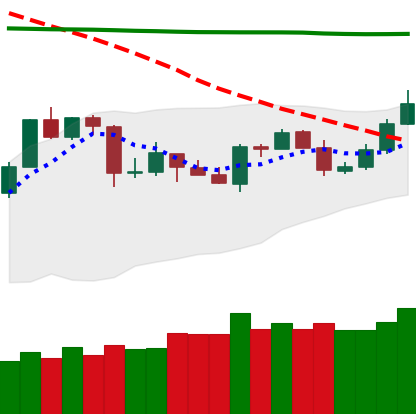
Ticker: TRX-USD
Chart end date: 2020-04-24
Forward return: 16.349%
Label: up_7plus